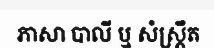
ភាសា បាលី ឬ សំស្ត្រឹត